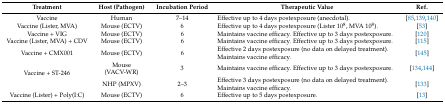
| Treatment | Host (Pathogen) | Incubation Period | Therapeutic Value | Ref. |
 | --- | --- | --- | --- | --- |
 | Vaccine | Human | 7–14 | Effective up to 4 days postexposure (anecdotal). | [85,139,140] |
 | Vaccine (Lister, MVA) | Mouse (ECTV) | 6 | Effective up to 4 days postexposure (Lister 108, MVA 108). | [53] |
 | Vaccine + VIG | Mouse (ECTV) | 6 | Maintains vaccine efficacy. Effective up to 3 days postexposure. | [120] |
 | Vaccine (Lister, MVA) + CDV | Mouse (ECTV) | 6 | Maintains vaccine efficacy. Effective up to 3 days postexposure. | [115] |
 | Vaccine + CMX001 | Mouse (ECTV) | 6 | Effective 2 days postexposure (no data on delayed treatment). Maintains vaccine efficacy. | [145] |
 | <ROWSPAN=2> Vaccine + ST-246 | Mouse (VACV-WR) | 3 | Maintains vaccine efficacy. Effective up to 3 days postexposure. | [134,144] |
 | NHP (MPXV) | 2–3 | Effective 3 days postexposure (no data on delayed treatment). Maintains vaccine efficacy. | [133] |
 | Vaccine (Lister) + Poly(I:C) | Mouse (ECTV) | 6 | Effective up to 5 days postexposure. | [13] |